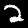
Digit: 2